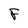
Character: F